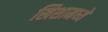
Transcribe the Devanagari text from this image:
खिशामध्ये